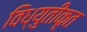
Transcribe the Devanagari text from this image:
विध्युतीकृत